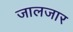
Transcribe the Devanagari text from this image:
जालजार